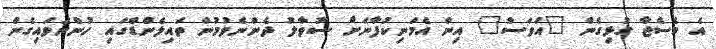
އެ މެސެޖާ ގުޅިގެން "އަވަސް" އިން އެމަނިކުފާނަށް ސުވާލު ދެންނެވުމުން ތައިލެންޑްގައި ހުންނަވައިގެން